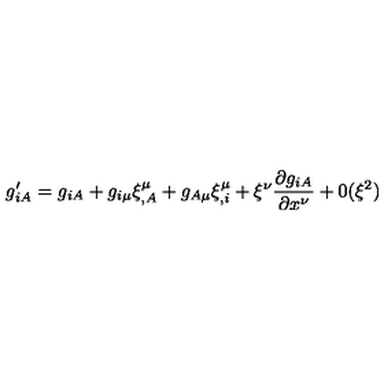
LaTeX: g _ { i A } ^ { \prime } = g _ { i A } + g _ { i \mu } \xi _ { , A } ^ { \mu } + g _ { A \mu } \xi _ { , i } ^ { \mu } + \xi ^ { \nu } \frac { \partial g _ { i A } } { \partial x ^ { \nu } } + 0 ( \xi ^ { 2 } )